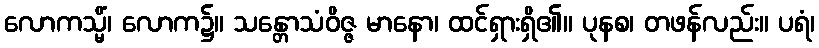
လောကသ္မိံ၊ လောက၌။ သန္တောသံဝိဇ္ဇ မာနော၊ ထင်ရှားရှိ၏။ ပုနစ၊ တဖန်လည်း။ ပရံ၊